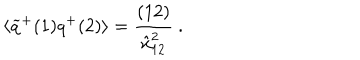
\langle \widetilde q ^ { + } ( 1 ) q ^ { + } ( 2 ) \rangle = { \frac { ( 1 2 ) } { \hat { x } _ { 1 2 } ^ { 2 } } } \ .